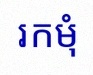
រកមុំ